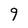
Character: 9